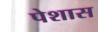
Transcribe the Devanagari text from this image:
पेशास